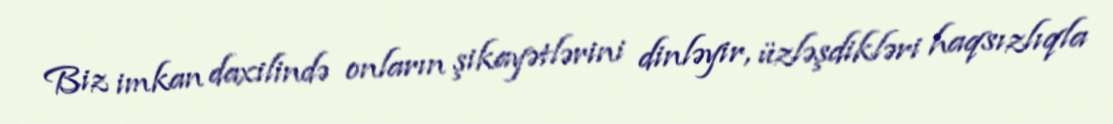
Biz imkan daxilində onların şikayətlərini dinləyir, üzləşdikləri haqsızlıqla